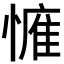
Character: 𢟴